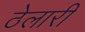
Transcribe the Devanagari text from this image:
ठेलारी